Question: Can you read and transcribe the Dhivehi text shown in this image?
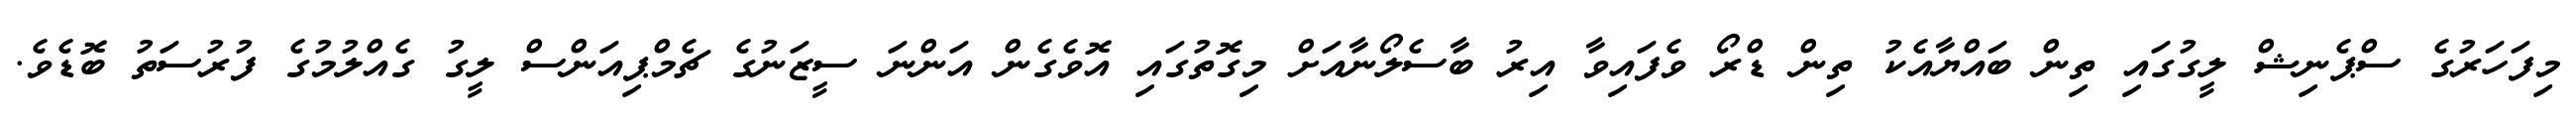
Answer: މިފަހަރުގެ ސްޕެނިޝް ލީގުގައި ތިން ބައްޔާއެކު ތިން ޑްރޯ ވެފައިވާ އިރު ބާސެލޯނާއަށް މިގޮތުގައި އޮވެގެން އަންނަ ސީޒަނުގެ ޗެމްޕިއަންސް ލީގު ގެއްލުމުގެ ފުރުސަތު ބޮޑެވެ.